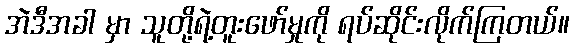
အဲဒီအခါ မှာ သူတို့ရဲ့တူးဖော်မှုကို ရပ်ဆိုင်းလိုက်ကြတယ်။